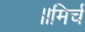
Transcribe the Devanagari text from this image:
॥मिर्च